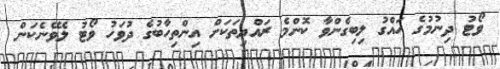
ވޯޓު ދިނުމުގެ ހައްގު ލިބިގެންވާ ކޮންމެ ރައްޔިތަކަށް އިންތިހާބުގެ ދުވަހު ވޯޓު ލެވޭނެކަން